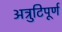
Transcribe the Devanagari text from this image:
अत्रुटिपूर्ण